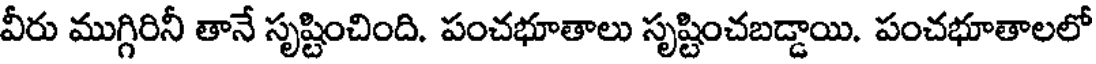
వీరు ముగ్గిరినీ తానే సృష్టించింది. పంచభూతాలు సృష్టించబడ్డాయి. పంచభూతాలలో